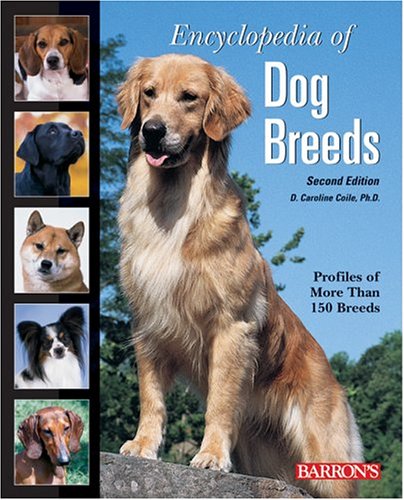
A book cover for Encyclopedia of Dog Breeds; D. Caroline Coile Ph.D.; Reference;